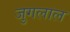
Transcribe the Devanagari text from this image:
जुगलाल